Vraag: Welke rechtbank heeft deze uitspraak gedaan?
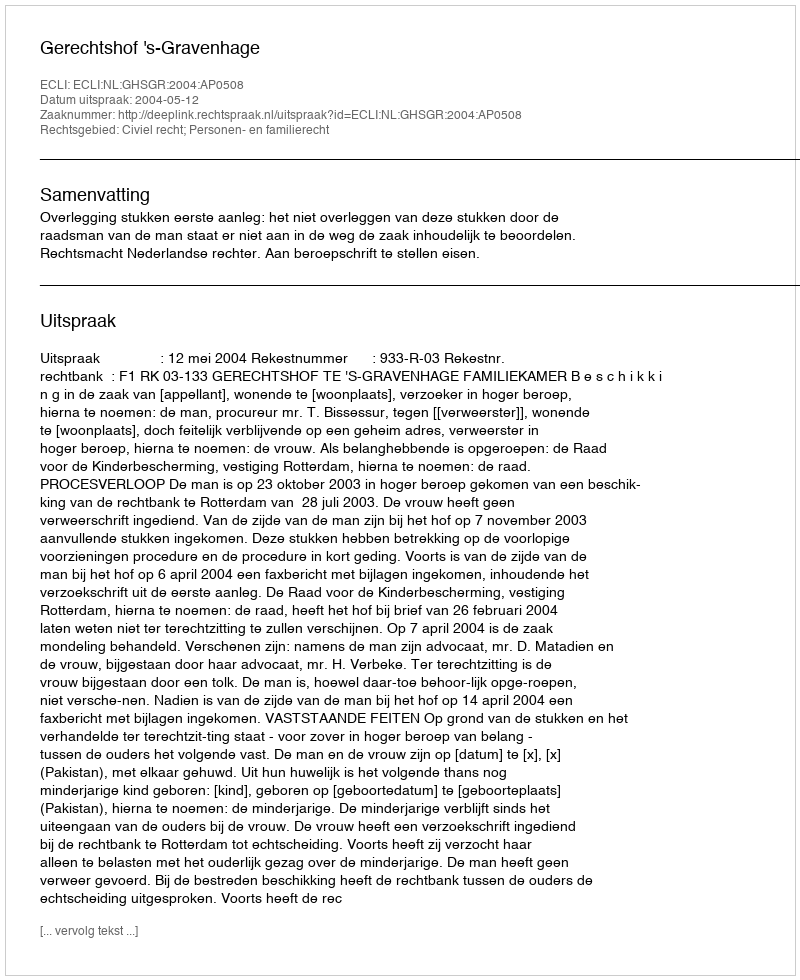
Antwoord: Gerechtshof 's-Gravenhage